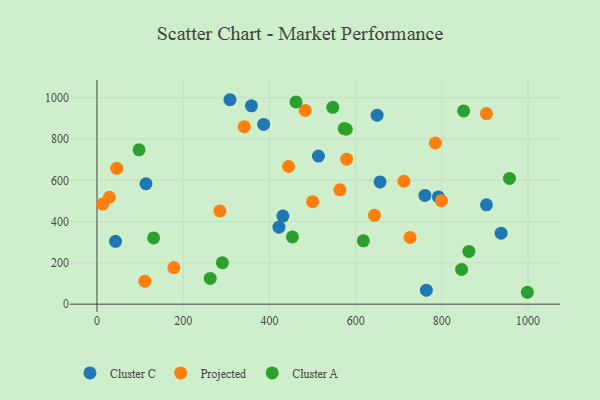
{"axis": {"x": "Study Hours", "y": "Yield"}, "legend": ["Cluster A", "Cluster C", "Projected"], "data": [{"x": "386.7", "y": 870.7, "type": "Cluster C"}, {"x": "43.0", "y": 304.2, "type": "Cluster C"}, {"x": "937.5", "y": 344.1, "type": "Cluster C"}, {"x": "358.3", "y": 960.8, "type": "Cluster C"}, {"x": "513.7", "y": 717.2, "type": "Cluster C"}, {"x": "113.7", "y": 583.3, "type": "Cluster C"}, {"x": "903.5", "y": 481.4, "type": "Cluster C"}, {"x": "422.1", "y": 372.7, "type": "Cluster C"}, {"x": "764.0", "y": 67.9, "type": "Cluster C"}, {"x": "656.7", "y": 592.3, "type": "Cluster C"}, {"x": "308.5", "y": 990.3, "type": "Cluster C"}, {"x": "791.9", "y": 519.3, "type": "Cluster C"}, {"x": "649.8", "y": 915.4, "type": "Cluster C"}, {"x": "431.3", "y": 426.5, "type": "Cluster C"}, {"x": "760.7", "y": 526.8, "type": "Cluster C"}, {"x": "341.7", "y": 859.7, "type": "Projected"}, {"x": "45.8", "y": 658.2, "type": "Projected"}, {"x": "178.4", "y": 177.1, "type": "Projected"}, {"x": "483.0", "y": 938.5, "type": "Projected"}, {"x": "579.1", "y": 702.4, "type": "Projected"}, {"x": "903.4", "y": 923.1, "type": "Projected"}, {"x": "500.2", "y": 496.5, "type": "Projected"}, {"x": "712.0", "y": 595.5, "type": "Projected"}, {"x": "444.4", "y": 666.8, "type": "Projected"}, {"x": "643.7", "y": 430.2, "type": "Projected"}, {"x": "285.2", "y": 451.8, "type": "Projected"}, {"x": "563.5", "y": 554.0, "type": "Projected"}, {"x": "13.1", "y": 484.8, "type": "Projected"}, {"x": "799.0", "y": 501.3, "type": "Projected"}, {"x": "726.4", "y": 323.3, "type": "Projected"}, {"x": "784.9", "y": 780.7, "type": "Projected"}, {"x": "28.8", "y": 517.9, "type": "Projected"}, {"x": "111.1", "y": 111.6, "type": "Projected"}, {"x": "262.7", "y": 124.9, "type": "Cluster A"}, {"x": "573.5", "y": 850.6, "type": "Cluster A"}, {"x": "618.0", "y": 306.8, "type": "Cluster A"}, {"x": "850.5", "y": 936.1, "type": "Cluster A"}, {"x": "862.7", "y": 255.6, "type": "Cluster A"}, {"x": "578.3", "y": 847.2, "type": "Cluster A"}, {"x": "956.8", "y": 609.0, "type": "Cluster A"}, {"x": "845.8", "y": 168.3, "type": "Cluster A"}, {"x": "998.4", "y": 57.6, "type": "Cluster A"}, {"x": "461.6", "y": 979.8, "type": "Cluster A"}, {"x": "547.0", "y": 953.7, "type": "Cluster A"}, {"x": "131.4", "y": 320.7, "type": "Cluster A"}, {"x": "97.6", "y": 747.5, "type": "Cluster A"}, {"x": "290.9", "y": 200.8, "type": "Cluster A"}, {"x": "453.4", "y": 325.7, "type": "Cluster A"}]}